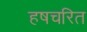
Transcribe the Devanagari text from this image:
हषचरित